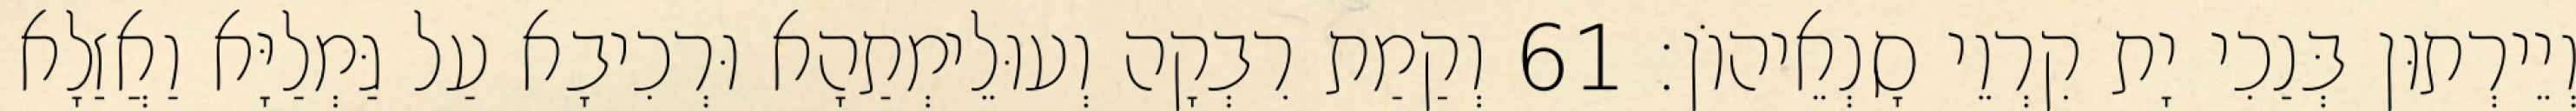
וְיֵירְתוּן בְּנַכִי יָת קִרְוֵי סָנְאֵיהוֹן׃ 61 וְקַמַת רִבְקָה וְעוּלֵימְתַהָא וּרְכִיבָא עַל גַּמְלַיָּא וַאֲזַלָא